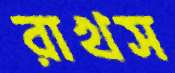
রাখস